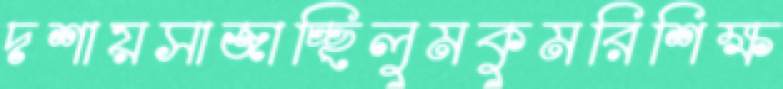
দশায়সাজাচ্ছিলুমকুমরিশিক্ষ